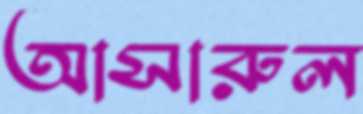
আসারুল